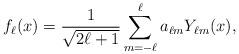
LaTeX: \begin{align*} f_{\ell }(x)=\frac{1}{\sqrt{2\ell +1}}\sum_{m=-\ell }^{\ell }a_{\ell m}Y_{\ell m}(x),\end{align*}